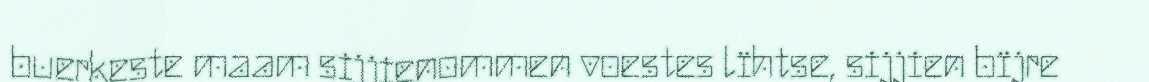
buerkeste maam sijjienommen voestes lïhtse, sijjien bïjre